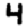
Digit: 4